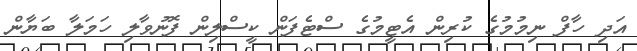
އަދި ހާފް ނިމުމުގެ ކުރިން އެޓީމުގެ ސްޓެފަން ކީސްލިން ފޮނުވާލި ހަމަލާ ބަޔާން